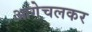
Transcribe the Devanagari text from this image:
आगेचलकर